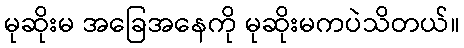
မုဆိုးမ အခြေအနေကို မုဆိုးမကပဲသိတယ်။